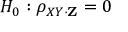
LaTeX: H _ { 0 } : \rho _ { X Y \cdot \mathbf { Z } } = 0